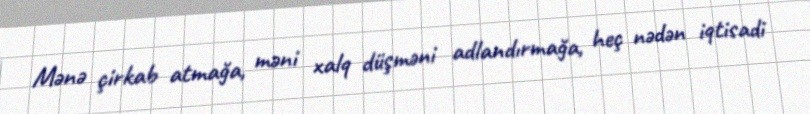
Mənə çirkab atmağa, məni xalq düşməni adlandırmağa, heç nədən iqtisadi